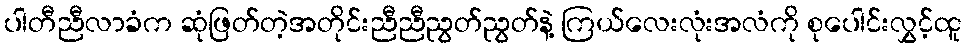
ပါတီညီလာခံက ဆုံဖြတ်တဲ့အတိုင်းညီညီညွတ်ညွတ်နဲ့ ကြယ်လေးလုံးအလံကို စုပေါင်းလွှင့်ထူ